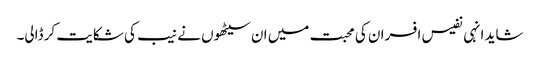
شاید انہی نفیس افسران کی محبت میں ان سیٹھوں نے نیب کی شکایت کر ڈالی۔